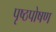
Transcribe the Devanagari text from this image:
पृष्ठपोषण